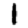
Digit: 1